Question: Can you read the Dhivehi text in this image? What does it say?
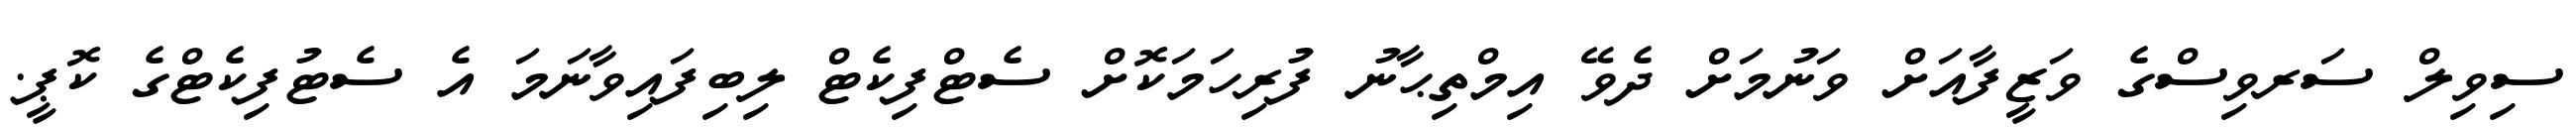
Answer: ސިވިލް ސަރވިސްގެ ވަޒީފާއަށް ވަނުމަށް ދެވޭ އިމްތިޙާނު ފުރިހަމަކޮށް ސެޓްފިކެޓް ލިބިފައިވާނަމަ އެ ސެޓުފިކެޓްގެ ކޮޕީ.